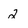
Character: 2